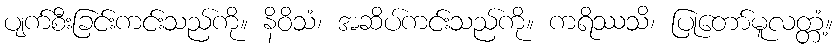
ပျက်စီးခြင်းကင်းသည်ကို။ နိဝိသံ၊ အဆိပ်ကင်းသည်ကို။ ကရိဿသိ၊ ပြုတော်မူလတ္တံ့။